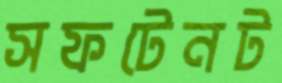
সফটেনট